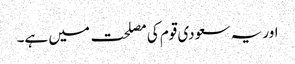
اور یہ سعودی قوم کی مصلحت میں ہے۔